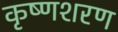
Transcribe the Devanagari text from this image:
कृष्णशरण